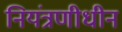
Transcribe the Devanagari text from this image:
नियंत्रणीधीन